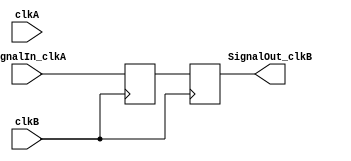
/*
    Let's say a signal from clkA domain is needed in clkB domain. It needs to be "synchronized" to clkB domain, so we want to build a synchronizer design, which takes a signal from clkA domain, and creates a new signal into clkB domain.
    In this first design, we assume that the "Signal-in" changes slowly compared to both clkA and clkB clock speeds.
    All you need to do is to use two flip-flops to move the signal from clkA to clkB (to learn why, get back to the links).
*/
module Signal_CrossDomain(
    input clkA,   // we actually don't need clkA in that example, but it is here for completeness as we'll need it in further examples
    input SignalIn_clkA,
    input clkB,
    output SignalOut_clkB
);

    // We use a two-stages shift-register to synchronize SignalIn_clkA to the clkB clock domain
    reg [1:0] SyncA_clkB;
    always @(posedge clkB) SyncA_clkB[0] <= SignalIn_clkA;   // notice that we use clkB
    always @(posedge clkB) SyncA_clkB[1] <= SyncA_clkB[0];   // notice that we use clkB

    assign SignalOut_clkB = SyncA_clkB[1];  // new signal synchronized to (=ready to be used in) clkB domain
endmodule


/*
    A flag to another clock domain
    If the signal that needs to cross the clock domains is just a pulse (i.e. it lasts just one clock cycle), we call it a "flag". The previous design usually doesn't work (the flag might be missed, or be seen for too long, depending on the ratio of the clocks used).
    We still want to use a synchronizer, but one that works for flags.
*/
module Flag_CrossDomain(
    input clkA,
    input FlagIn_clkA,   // this is a one-clock pulse from the clkA domain
    input clkB,
    output FlagOut_clkB   // from which we generate a one-clock pulse in clkB domain
);

    reg FlagToggle_clkA;
    always @(posedge clkA) FlagToggle_clkA <= FlagToggle_clkA ^ FlagIn_clkA;  // when flag is asserted, this signal toggles (clkA domain)

    reg [2:0] SyncA_clkB;
    always @(posedge clkB) SyncA_clkB <= {SyncA_clkB[1:0], FlagToggle_clkA};  // now we cross the clock domains

    assign FlagOut_clkB = (SyncA_clkB[2] ^ SyncA_clkB[1]);  // and create the clkB flag
endmodule